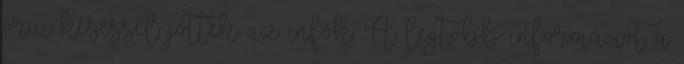
órai késéssel jöttek az infók. A legtöbb információt a